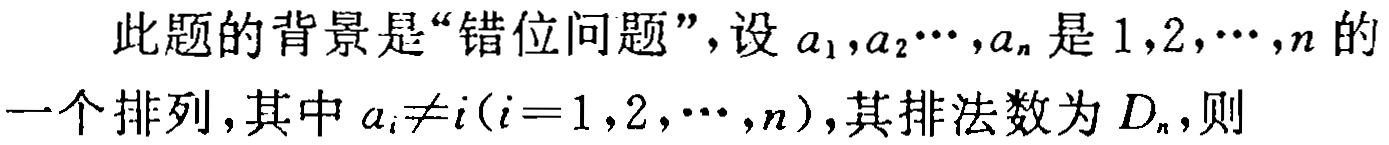
此题的背景是“错位问题”，设\(a_{1},a_{2}\cdots,a_{n}\)是\(1,2,\cdots,n\)的一个排列，其中\(a_{i}\neq i(i = 1,2,\cdots,n)\)，其排法数为\(D_{n}\)，则